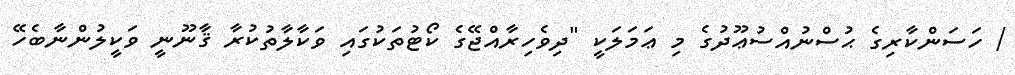
/ ހަސަންކާރިގެ ޙުސްނުއްސުޢޫދުގެ މި ޢަމަލަކީ "ދިވެހިރާއްޖޭގެ ކޯޓުތަކުގައި ވަކާލާތުކުރާ ޤާނޫނީ ވަކީލުންނާބެހޭ